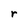
Character: r